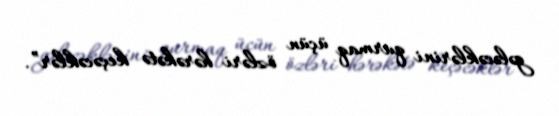
gələcəklərini qurmaq üçün özləri hərəkətə keçəcəklər”.